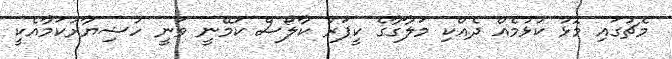
މެޗުގައި މޮޅު ކުޅުމެއް ދެއްކި މަލާގާގެ ކީޕަރު ކާލޯސް ކަމޭނީ ވަނީ ހުޝިޔާރުކަމާއެކީ